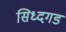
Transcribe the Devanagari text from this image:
सिध्दगड